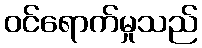
ဝင်ရောက်မှုသည်